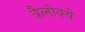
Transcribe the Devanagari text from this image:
त्रैलोक्ये